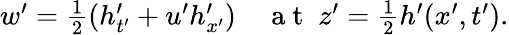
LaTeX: \begin{array}{r}{w^{\prime}=\frac{1}{2}\left(h_{t^{\prime}}^{\prime}+u^{\prime}h_{x^{\prime}}^{\prime}\right)\quad\mathrm{~a~t~}\; z^{\prime}=\frac{1}{2}h^{\prime}(x^{\prime},t^{\prime}).}\end{array}